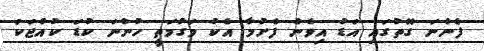
ފެންނަ ގޮތުގައި އަޑު އިވެން ފެށުމާ އެކު މަގުމަތީ ހުންނަ ކުޑަ ކުއްޖަކު